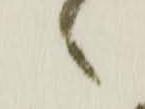
々